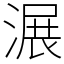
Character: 𣺹